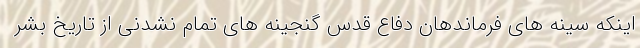
اینکه سینه های فرماندهان دفاع قدس گنجینه های تمام نشدنی از تاریخ بشر